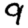
Digit: 9